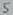
Text: 5